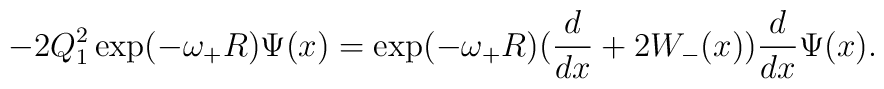
-2Q_1^2\exp(-\omega_+R)\Psi(x)=\exp(-\omega_+R)(\frac{d}{dx}+2W_-(x))\frac{d}{dx}\Psi(x).